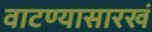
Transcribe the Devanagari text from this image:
वाटण्यासारखं